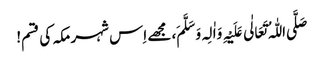
صَلَّی اللّٰہُ تَعَالٰی عَلَیْہِ وَاٰلِہ وَ سَلَّمَ، مجھے اِس شہر مکہ کی قسم!